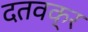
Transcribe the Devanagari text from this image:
दतवक्र